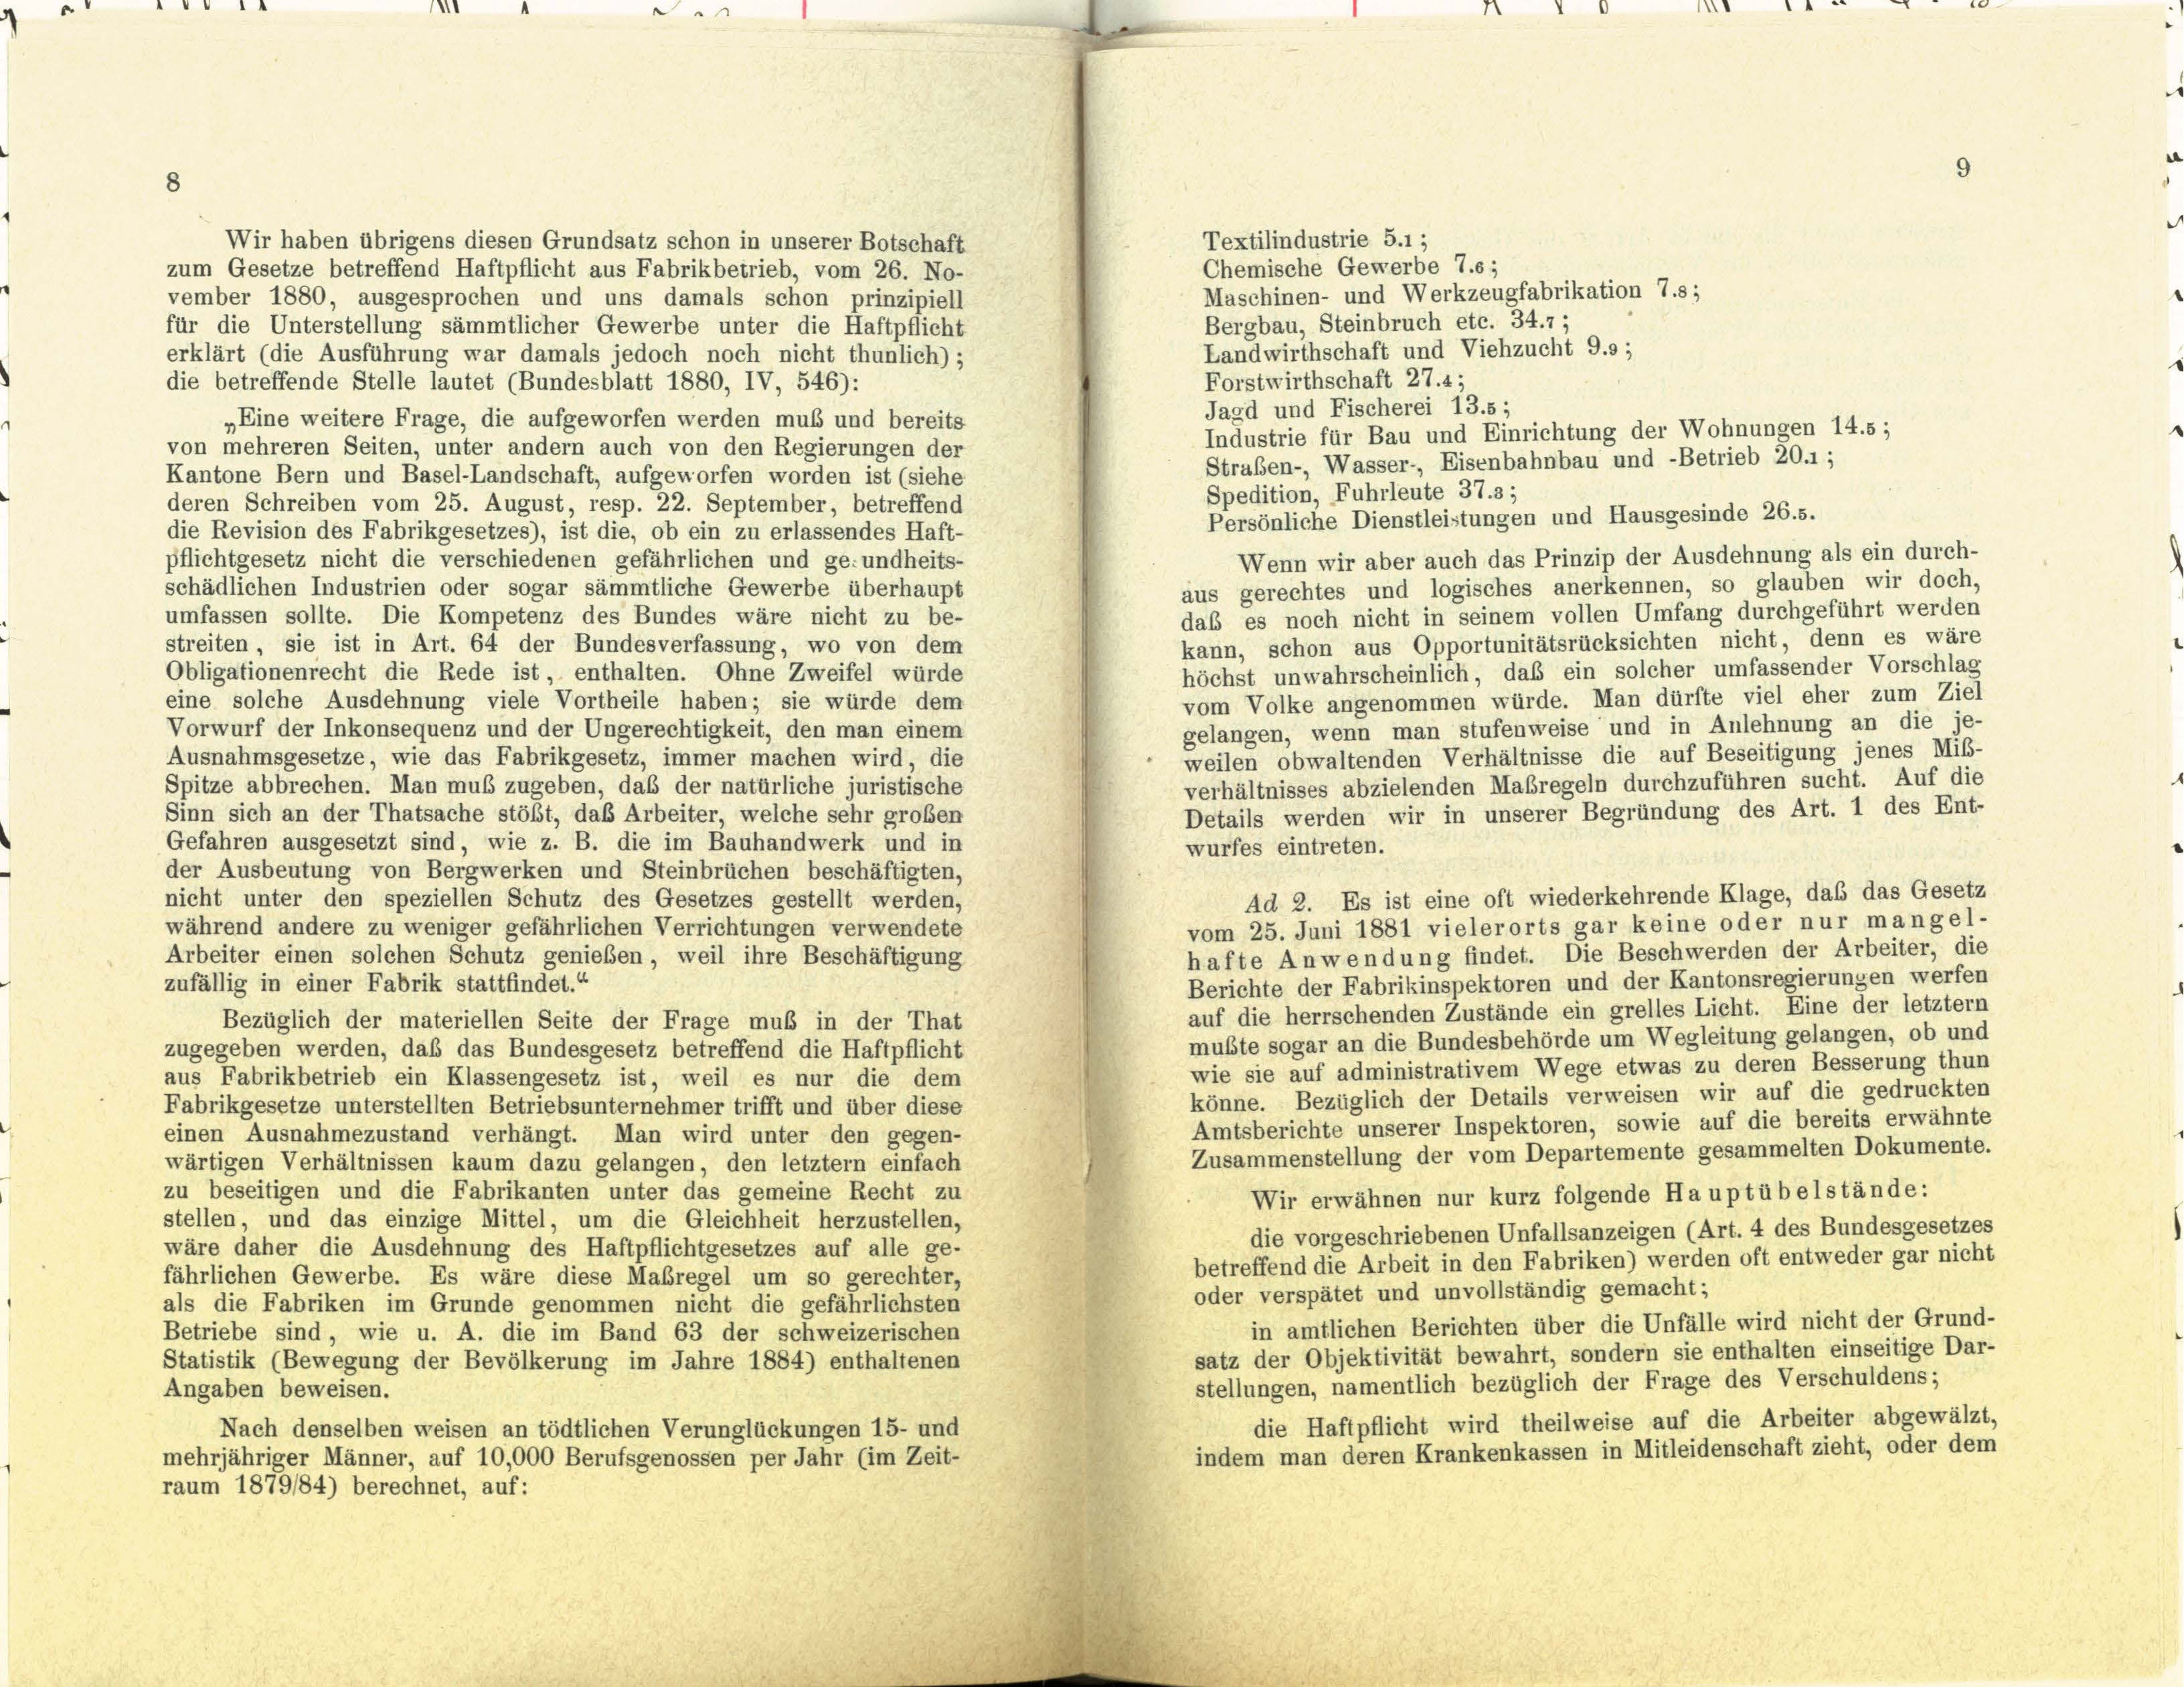
1.
.

Wir haben übrigens diesen Grundsatz schon in unserer Botschaft
zum Gesetze betreffend Haftpflicht aus Fabrikbetrieb, vom 26. No-
Maschinen- und Werkzeugfabrikation 7.s;
vember 1880, ausgesprochen und uns damals schon prinzipiell
Bergbau, Steinbruch etc. 34.7;
für die Unterstellung sämmtlicher Gewerbe unter die Haftpflicht
Landwirthschaft und Viehzucht 9.9 ;
erklärt (die Ausführung war damals jedoch noch nicht thunlich) ;
Forstwirthschaft 27.4;
die betreffende Stelle lautet (Bundesblatt 1880, IV, 546):
Jagd und Fischerei 13.5;
„Eine weitere Frage, die aufgeworfen werden muß und bereits
Industrie für Bau und Einrichtung der Wohnungen 14.5;
von mehreren Seiten, unter andern auch von den Regierungen der
Straßen-, Wasser-, Eisenbahnbau und -Betrieb 20.1 ;
Kantone Bern und Basel-Landschaft, aufgeworfen worden ist (siehe
Spedition, Fuhrleute 37. 3;
deren Schreiben vom 25. August, resp. 22. September, betreffend
Persönliche Dienstleistungen und Hausgesinde 26.5.
die Revision des Fabrikgesetzes), ist die, ob ein zu erlassendes Haft-
Wenn wir aber auch das Prinzip der Ausdehnung als ein durch-
pflichtgesetz nicht die verschiedenen gefährlichen und ge-undheits-
aus gerechtes und logisches anerkennen, so glauben wir doch,
schädlichen Industrien oder sogar sämmtliche Gewerbe überhaupt
daß es noch nicht in seinem vollen Umfang durchgeführt werden
umfassen sollte. Die Kompetenz des Bundes wäre nicht zu be-
kann, schon aus Opportunitätsrücksichten nicht, denn es wäre
streiten, sie ist in Art. 64 der Bundesverfassung, wo von dem
höchst unwahrscheinlich, daß ein solcher umfassender Vorschlag
Obligationenrecht die Rede ist, enthalten. Ohne Zweifel würde
vom Volke angenommen würde. Man dürfte viel eher zum Ziel
eine solche Ausdehnung viele Vortheile haben; sie würde dem
gelangen, wenn man stufenweise und in Anlehnung an die je-
Vorwurf der Inkonsequenz und der Ungerechtigkeit, den man einem
weilen obwaltenden Verhältnisse die auf Beseitigung jenes Miß-
Ausnahmsgesetze, wie das Fabrikgesetz, immer machen wird, die
verhältnisses abzielenden Maßregeln durchzuführen sucht. Auf die
Spitze abbrechen. Man muß zugeben, daß der natürliche juristische
Details werden wir in unserer Begründung des Art. 1 des Ent-
Sinn sich an der Thatsache stößt, daß Arbeiter, welche sehr großen
Gefahren ausgesetzt sind, wie z. B. die im Bauhandwerk und in
wurfes eintreten.
der Ausbeutung von Bergwerken und Steinbrüchen beschäftigten,
Ad 2. Es ist eine oft wiederkehrende Klage, daß das Gesetz
nicht unter den speziellen Schutz des Gesetzes gestellt werden,
vom 25. Juni 1881 vielerorts gar keine oder nur mangel-
während andere zu weniger gefährlichen Verrichtungen verwendete
hafte Anwendung findet. Die Beschwerden der Arbeiter, die
Arbeiter einen solchen Schutz genießen, weil ihre Beschäftigung
Berichte der Fabrikinspektoren und der Kantonsregierungen werfen
zufällig in einer Fabrik stattfindet.“
auf die herrschenden Zustände ein grelles Licht. Eine der letztem
Bezüglich der materiellen Seite der Frage muß in der That
musste sogar an die Bundesbehörde um Wegleitung gelangen, ob und
zugegeben werden, daß das Bundesgesetz betreffend die Haftpflicht
wie sie auf administrativem Wege etwas zu deren Besserung thun
aus Fabrikbetrieb ein Klassengesetz ist, weil es nur die dem
könne. Bezüglich der Details verweisen wir auf die gedruckten
Fabrikgesetze unterstellten Betriebsunternehmer trifft und über diese
Amtsberichte unserer Inspektoren, sowie auf die bereits erwähnte
einen Ausnahmezustand verhängt. Man wird unter den gegen-
Zusammenstellung der vom Departemente gesammelten Dokumente.
wärtigen Verhältnissen kaum dazu gelangen, den letztem einfach
zu beseitigen und die Fabrikanten unter das gemeine Recht zu
Wir erwähnen nur kurz folgende Hauptübelstände:
stellen, und das einzige Mittel, um die Gleichheit herzustellen,
die vorgeschriebenen Unfallsanzeigen (Art. 4 des Bundesgesetzes
wäre daher die Ausdehnung des Haftpflichtgesetzes auf alle ge-
betreffend die Arbeit in den Fabriken) werden oft entweder gar nicht
fährlichen Gewerbe. Es wäre diese Maßregel um so gerechter,
oder verspätet und unvollständig gemacht;
als die Fabriken im Grunde genommen nicht die gefährlichsten
in amtlichen Berichten über die Unfälle wird nicht der Grund-
Betriebe sind, wie u. A. die im Band 63 der schweizerischen
satz der Objektivität bewahrt, sondern sie enthalten einseitige Dar-
Statistik (Bewegung der Bevölkerung im Jahre 1884) enthaltenen
stellungen, namentlich bezüglich der Frage des Verschuldens;
Angaben beweisen.
die Haftpflicht wird theilweise auf die Arbeiter abgewälzt,
Nach denselben weisen an tödtlichen Verunglückungen 15- und
indem man deren Krankenkassen in Mitleidenschaft zieht, oder dem
mehrjähriger Männer, auf 10,000 Berufsgenossen per Jahr (im Zeit-
raum 1879184) berechnet, auf:

Textilindustrie 5.1;
Chemische Gewerbe T.e;